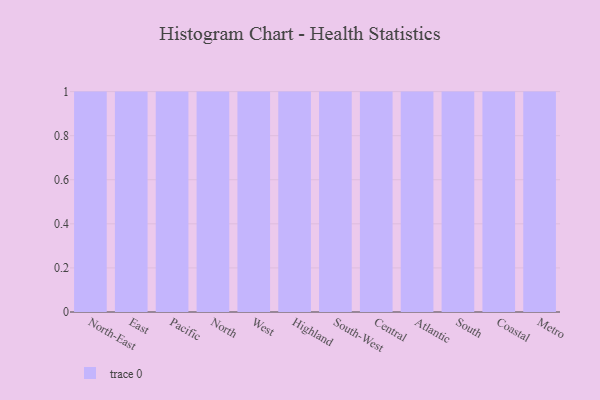
{"axis": {"x": "Region", "y": "Page Views"}, "legend": [""], "data": [{"x": "North-East", "y": 95, "type": ""}, {"x": "East", "y": 41, "type": ""}, {"x": "Pacific", "y": 66, "type": ""}, {"x": "North", "y": 14, "type": ""}, {"x": "West", "y": 59, "type": ""}, {"x": "Highland", "y": 9, "type": ""}, {"x": "South-West", "y": 24, "type": ""}, {"x": "Central", "y": 58, "type": ""}, {"x": "Atlantic", "y": 26, "type": ""}, {"x": "South", "y": 36, "type": ""}, {"x": "Coastal", "y": 50, "type": ""}, {"x": "Metro", "y": 78, "type": ""}]}